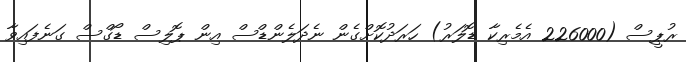
ރުޕީސް (226000 އެމެރިކާ ޑޮލަރު) ހަރަދުކޮށްގެން ނެދަލެންޑްސް އިން ޕޮލިސް ޑޯގްސް ގަނެފައިވާ